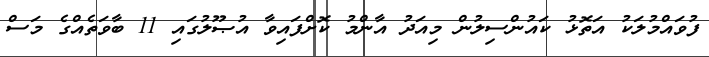
ފުވައްމުލަކު އަތޮޅު ކައުންސިލުން މިއަދު އާންމު ކޮށްފައިވާ އުޞޫލުގައި 11 ބާވަތެއްގެ މަސް